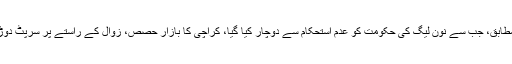
اس کے مطابق، جب سے نون لیگ کی حکومت کو عدم استحکام سے دوچار کیا گیا، کراچی کا بازارِ حصص، زوال کے راستے پر سرپٹ دوڑ رہا ہے۔